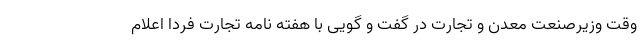
وقت وزیرصنعت معدن و تجارت در گفت و گویی با هفته نامه تجارت فردا اعلام